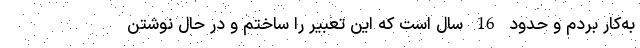
به‌کار بردم و حدود 16 سال است که این تعبیر را ساختم و در حال نوشتن